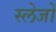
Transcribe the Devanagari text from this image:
स्लेजों